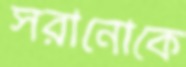
সরানোকে